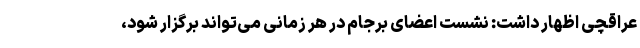
عراقچی اظهار داشت: نشست اعضای برجام در هر زمانی می‌تواند برگزار شود،